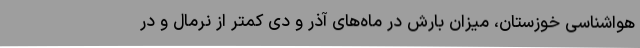
هواشناسی خوزستان، میزان بارش در ماه‌های آذر و دی کمتر از نرمال و در